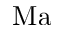
\mathrm { M a }